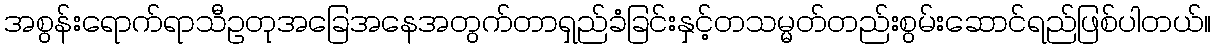
အစွန်းရောက်ရာသီဥတုအခြေအနေအတွက်တာရှည်ခံခြင်းနှင့်တသမ္မတ်တည်းစွမ်းဆောင်ရည်ဖြစ်ပါတယ်။